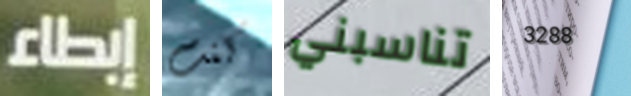
إبطاء كنت تناسبني 3288